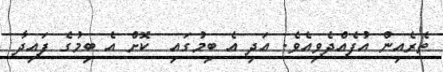
ތެރެއިން އުފެއްދެވިއެވެ. އަދި އެ ބިމުގައި  ކޮށް އެ ބިމުގެ ފައިދާ